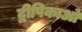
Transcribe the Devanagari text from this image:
द्वीपिकाओं